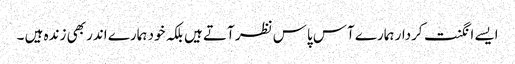
ایسے انگنت کردار ہمارے آس پاس نظر آتے ہیں بلکہ خود ہمارے اندر بھی زندہ ہیں ۔